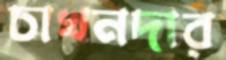
চাখনদার